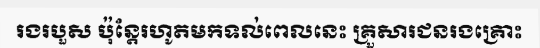
រងរបួស ប៉ុន្តែរហូតមកទល់ពេលនេះ គ្រួសារជនរងគ្រោះ